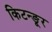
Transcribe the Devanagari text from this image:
किटन्ङूर